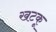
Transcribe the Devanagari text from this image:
खटकू